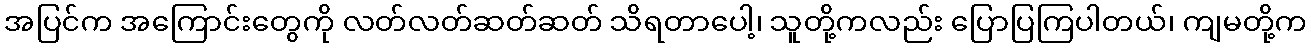
အပြင်က အကြောင်းတွေကို လတ်လတ်ဆတ်ဆတ် သိရတာပေါ့၊ သူတို့ကလည်း ပြောပြကြပါတယ်၊ ကျမတို့က